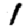
Digit: 1